Annual administration report of the Civil Veterinary Department of India - 1906-1907
Year: 1906
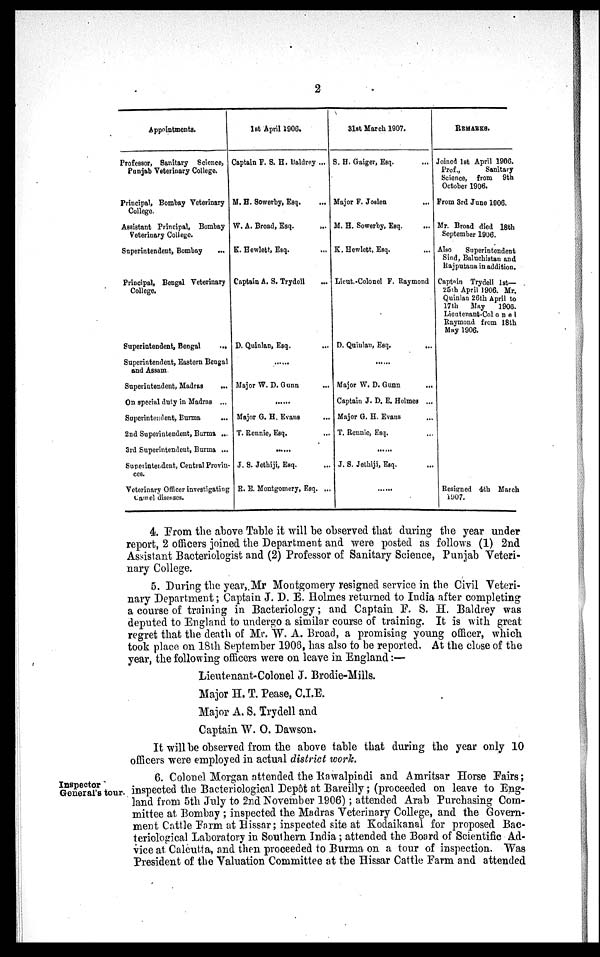
2
Appointments.
Professor, Sanitary Science,
Punjab Veterinary College.
Principal, Bombay Veterinary
College.
Assistant Principal, Bombay
Veterinary College.
Superintendent, Bombay ...
Principal, Bengal Veterinary
College.
Superintendent, Bengal
...
Superintendent, Eastern Bengal
and Assam.
Superintendent, Madras
...
On special duty in Madras ...
Superintendent, Burma
...
2nd Superintendent, Burma ...
3rd Superintendent, Burma ...
Superintendent, Central Provin-
ces.
Veterinary Officer investigating
Camel diseases.
1st April 1906.
Captain F. S. H. Baldrey ...
M. H. Sowerby, Esq. ...
W. A. Broad, Esq. ...
K. Hewlett, Esq. ...
Captain A. S. Trydell ...
D. Quinlan, Esq.
...
......
Major W. D. Gunn ...
......
Major G. H. Evans ...
T. Rennie, Esq. ...
......
J. S. Jethiji, Esq. ...
R. E. Montgomery, Esq. ...
31st March 1907.
S. H. Gaiger, Esq. ...
Major F. Joslen
...
M. H. Sowerby, Esq.
...
K. Hewlett, Esq. ...
Lieut.-Colonel F. Raymond
D. Quiulan, Esq. ...
......
Major W. D. Gunn ...
Captain J. D. E. Holmes ...
Major G. H. Evans ...
T. Rennie, Esq. ...
......
J. S. Jethiji, Esq. ...
......
REMARKS.
Joined 1st April 1906.
Prof.,
Sanitary
Science, from 9th
October 1906.
From 3rd June 1906.
Mr. Broad died 18th
September 1906.
Also
Superintendent
Sind, Baluchistan and
Rajputana in addition.
Captain Trydell 1st—
25th April 1906. Mr.
Quinlan 26th April to
17th
May
1906.
Lieatenant-Colonel
Raymond from 18th
May 1906.
Resigned 4th March
1907.
4. From the above Table it will be observed that during the year under
report, 2 officers joined the Department and were posted as follows (1) 2nd
Assistant Bacteriologist and (2) Professor of Sanitary Science, Punjab Veteri-
nary College.
5. During the year, Mr Montgomery resigned service in the Civil Veteri-
nary Department; Captain J. D. E. Holmes returned to India after completing
a course of training in Bacteriology; and Captain F. S. H. Baldrey was
deputed to England to undergo a similar course of training. It is with great
regret that the death of Mr. W. A. Broad, a promising young officer, which
took place on 18th September 1906, has also to be reported. At the close of the
year, the following officers were on leave in England:—
Lieutenant-Colonel J. Brodie-Mills.
Major H. T. Pease, C.I.E.
Major A. S. Trydell and
Captain W. O. Dawson.
It will be observed from the above table that during the year only 10
officers were employed in actual district work.
Inspector
General's tour.
6. Colonel Morgan attended the Rawalpindi and Amritsar Horse Fairs;
inspected the Bacteriological Depôt at Bareilly; (proceeded on leave to Eng-
land from 5th July to 2nd November 1906); attended Arab Purchasing Com-
mittee at Bombay ; inspected the Madras Veterinary College, and the Govern-
ment Cattle Farm at Hissar; inspected site at Kodaikanal for proposed Bac-
teriological Laboratory in Southern India; attended the Board of Scientific Ad-
vice at Calcutta, and then proceeded to Burma on a tour of inspection. Was
President of the Valuation Committee at the Hissar Cattle Farm and attended